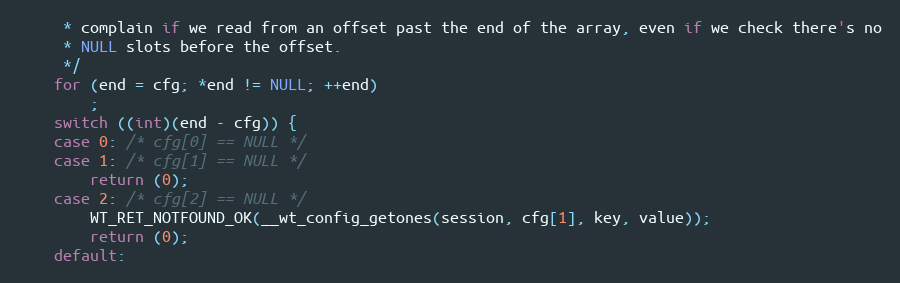
Language: C
     * complain if we read from an offset past the end of the array, even if we check there's no
     * NULL slots before the offset.
     */
    for (end = cfg; *end != NULL; ++end)
        ;
    switch ((int)(end - cfg)) {
    case 0: /* cfg[0] == NULL */
    case 1: /* cfg[1] == NULL */
        return (0);
    case 2: /* cfg[2] == NULL */
        WT_RET_NOTFOUND_OK(__wt_config_getones(session, cfg[1], key, value));
        return (0);
    default: